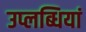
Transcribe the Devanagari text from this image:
उप्लब्धियां